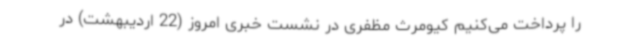
را پرداخت می‌کنیم کیومرث مظفری در نشست خبری امروز (22 اردیبهشت) در